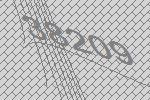
38209